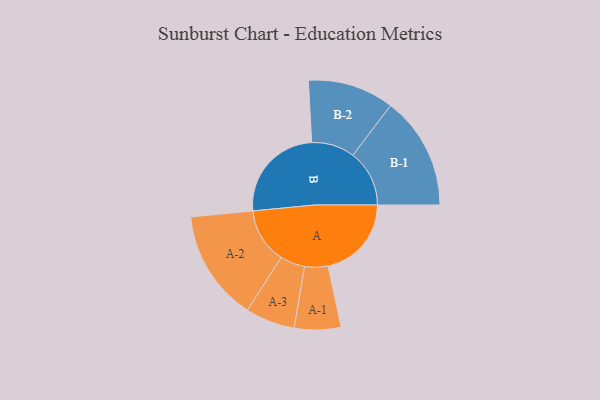
{"axis": {"x": "Segment", "y": "Value"}, "legend": ["", "A", "B"], "data": [{"x": "A", "y": 391, "type": ""}, {"x": "B", "y": 464, "type": ""}, {"x": "A-1", "y": 109, "type": "A"}, {"x": "A-2", "y": 260, "type": "A"}, {"x": "A-3", "y": 116, "type": "A"}, {"x": "B-1", "y": 265, "type": "B"}, {"x": "B-2", "y": 202, "type": "B"}]}